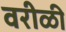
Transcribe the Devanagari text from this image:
वरीळी